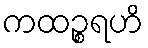
ကထဉ္စရဟိ